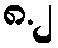
၈.၂